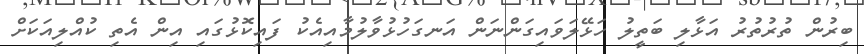
ބިރުން ތުރުތުރު އަޅާލި ބަތީލު ހަޅޭލަވައިގަންނަން އަނގަހުޅުވާލުމާއިއެކު ފައިކޮޅުގައި އިން އެތި ކުއްލިއަކަށް